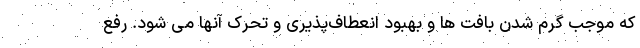
که موجب گرم شدن بافت ها و بهبود انعطاف‌پذیری و تحرک آنها می شود. رفع